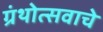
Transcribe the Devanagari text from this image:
ग्रंथोत्सवाचे